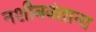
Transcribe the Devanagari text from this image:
नशीबवंताना